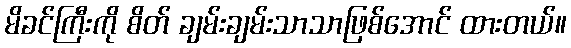
မိခင်ကြီးကို စိတ် ချမ်းချမ်းသာသာဖြစ်အောင် ထားတယ်။